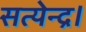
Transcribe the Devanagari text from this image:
सत्येन्द्र।